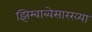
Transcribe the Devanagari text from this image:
झिम्बाब्वेसारख्या